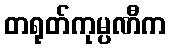
တရုတ်ကုမ္ပဏီက